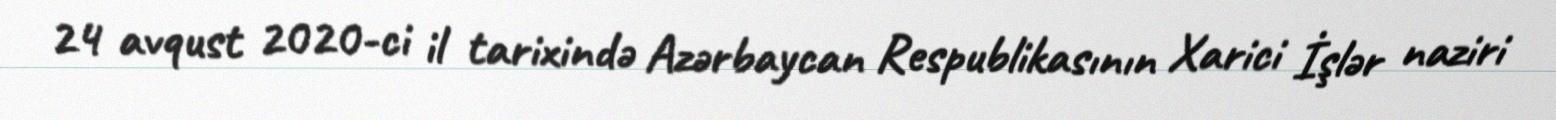
24 avqust 2020-ci il tarixində Azərbaycan Respublikasının Xarici İşlər naziri